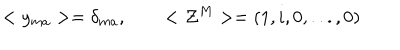
< y _ { m a } > = \delta _ { m a } , \qquad < { \cal Z } ^ { M } > = ( 1 , i , 0 , . . . , 0 )